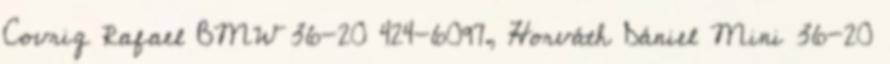
Covrig Rafael BMW 36-20 424-6097, Horváth Dániel Mini 36-20